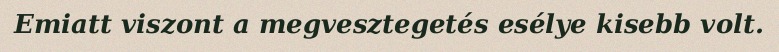
Emiatt viszont a megvesztegetés esélye kisebb volt.